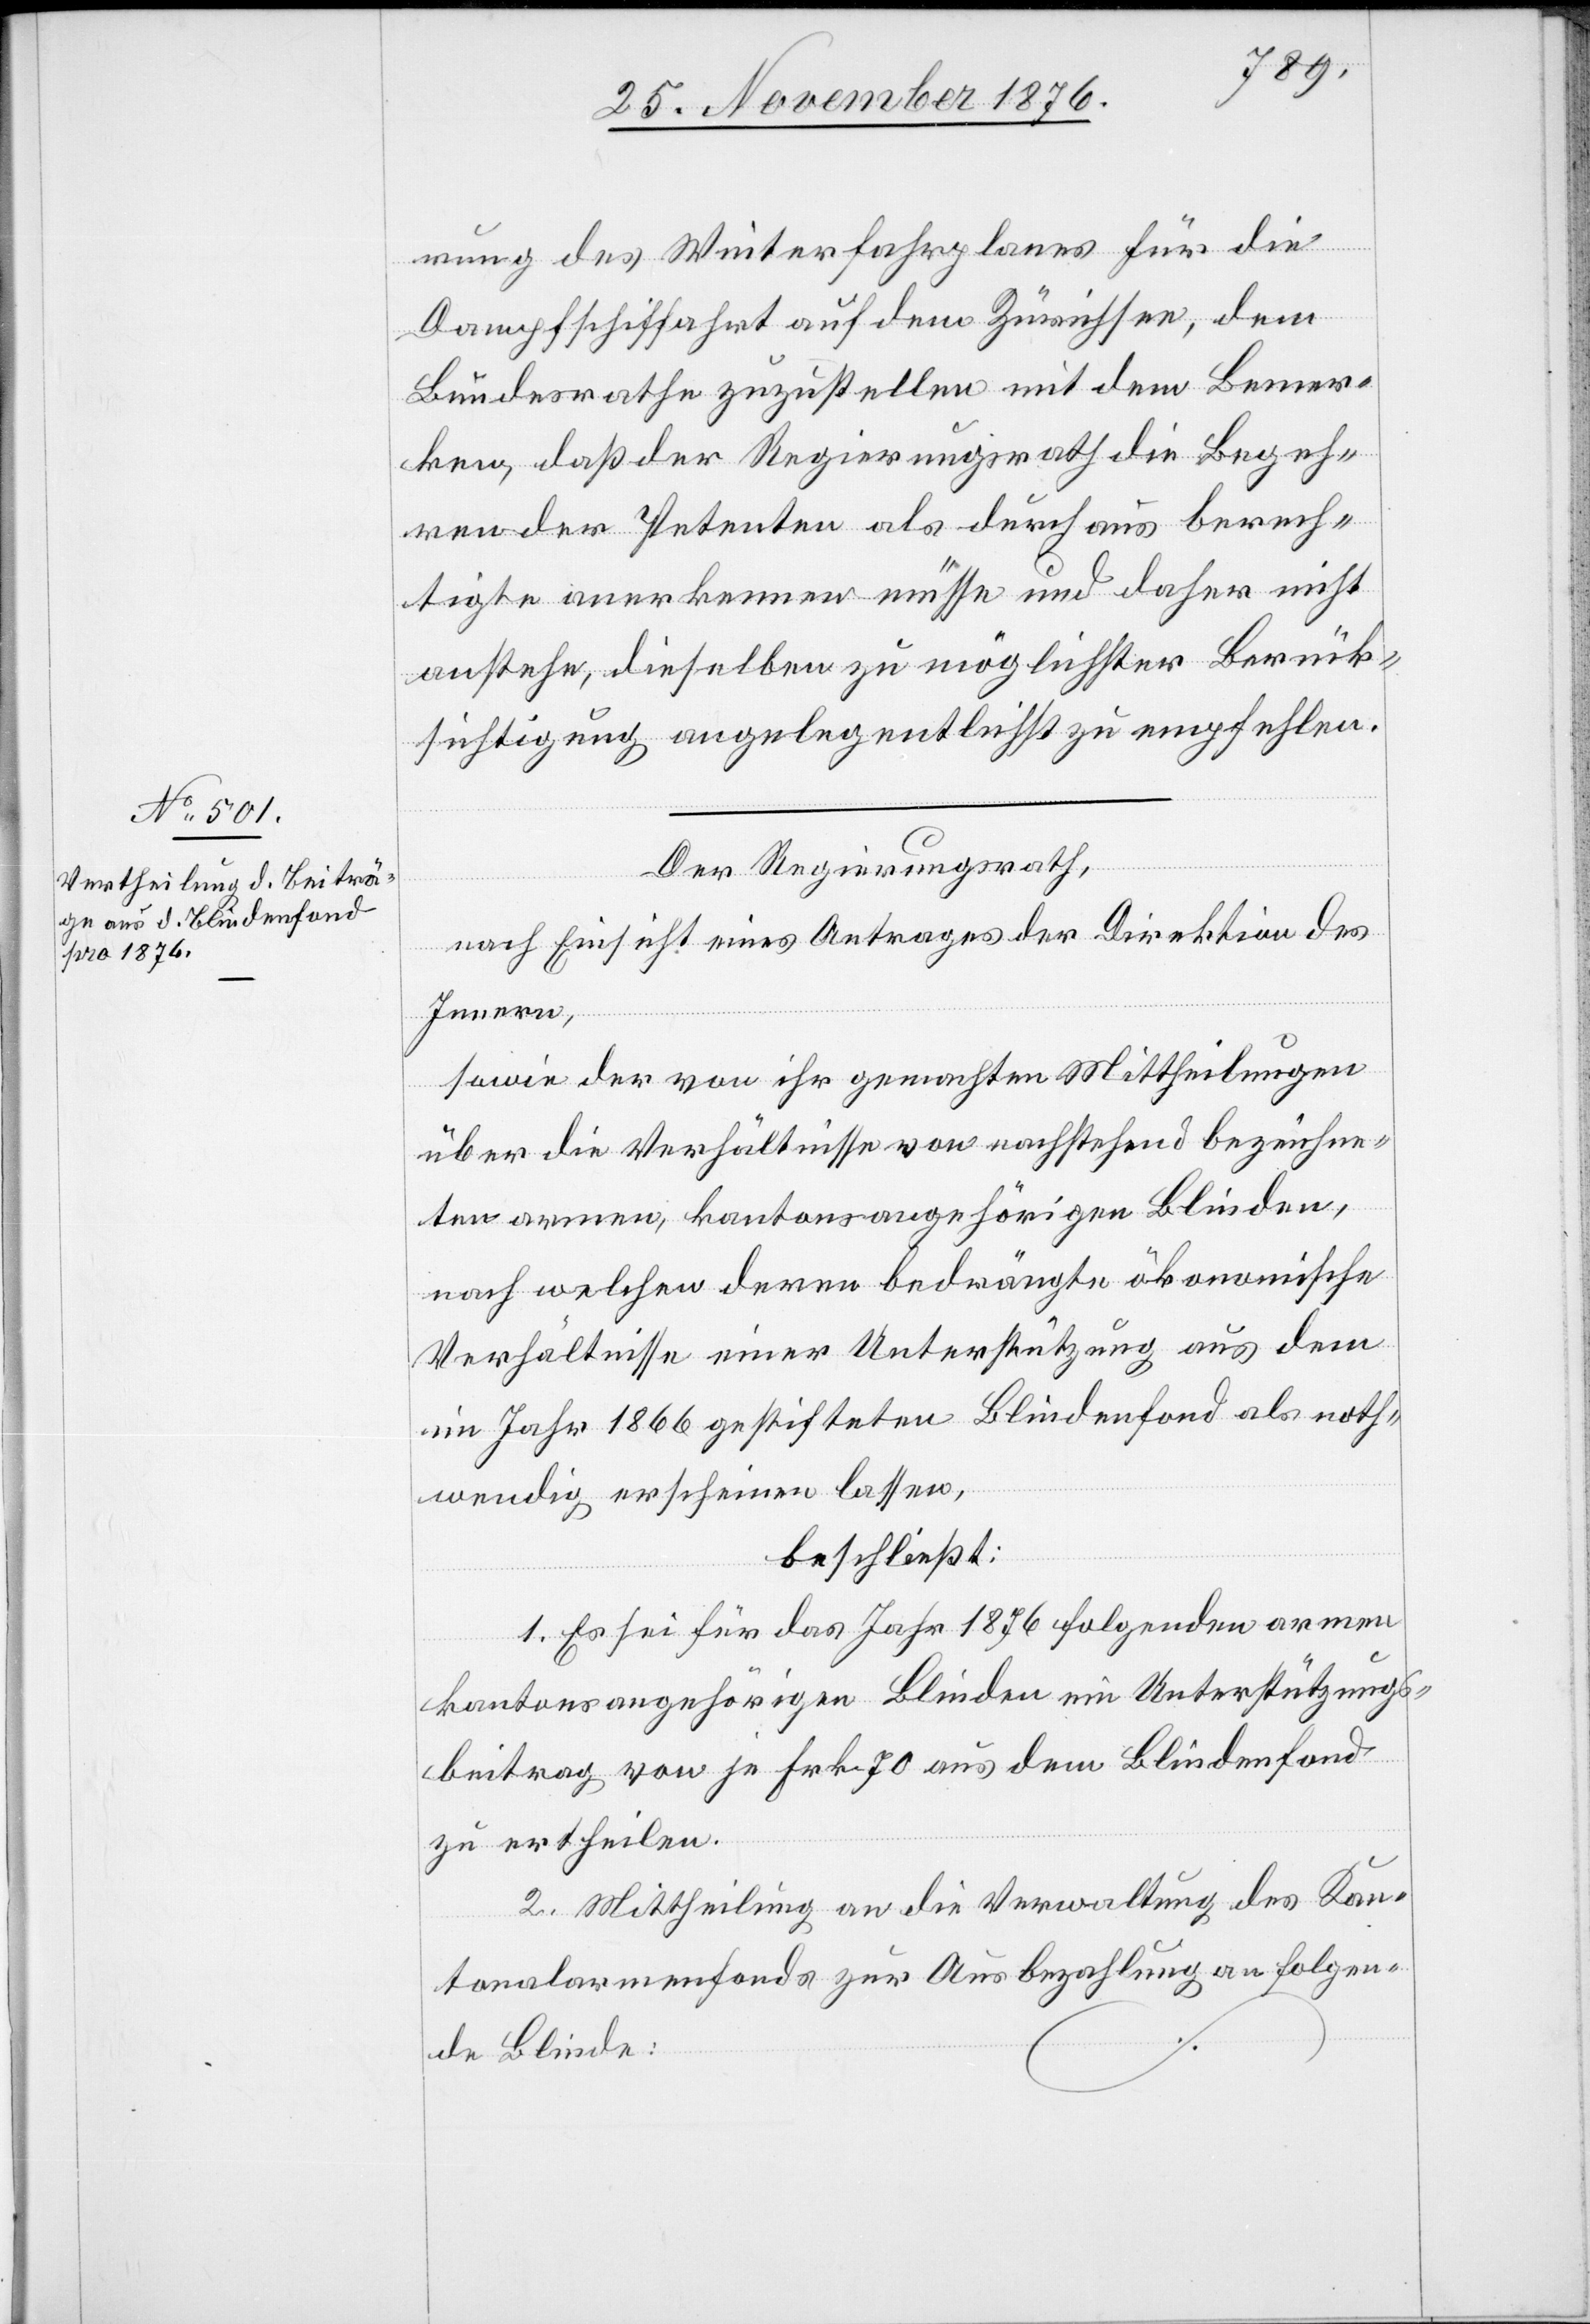
rung des Winterfahrtenplanes für die
Dampfschiffahrt auf dem Zürichsee, dem
Bundesrathe zuzustellen mit dem Bemer¬
ken, daß der Regierungsrath die Begeh¬
ren der Petenten als durchaus berech¬
tigte anerkennen müsse und daher nicht
anstehe, dieselben zu möglichster Berück¬
sichtigung angelegentlichst zu empfehlen.
Der Regierungsrath,
nach Einsicht eines Antrages der Direktion des
Innern,
sowie der von ihr gemachten Mittheilungen
über die Verhältnisse von nachstehend bezeichne¬
ten armen, kantonsangehörigen Blinden,
nach welchen deren bedrängte ökonomische
Verhältnisse einer Unterstützung aus dem
im Jahr 1866 gestifteten Blindenfond als noth¬
wendig erscheinen lassen,
beschließt:
1. es sei für das Jahr 1876 folgenden armen
kantonsangehörigen Blinden ein Unterstützungs¬
beitrag von je Frk. 70 aus dem Blindenfond
zu ertheilen.
2. Mittheilung an die Verwaltung des Kan¬
tonalarmenfonds zur Ausbezahlung an folgen¬
de Blinde: